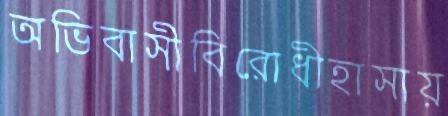
অভিবাসীবিরোধীহাসায়